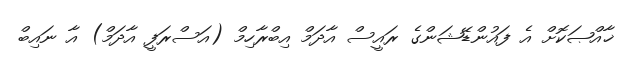
ޚާއްޞަކޮށް އެ ފައުންޑޭޝަންގެ ރައީސް އާދަމް އިބްރާހިމް (އަސްރަފީ އާދަމް) އާ ނައިބް